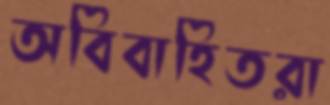
অবিবাহিতরা